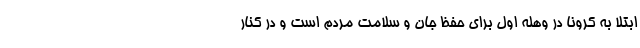
ابتلا به کرونا در وهله اول برای حفظ جان و سلامت مردم است و در کنار